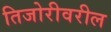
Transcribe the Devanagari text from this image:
तिजोरीवरील